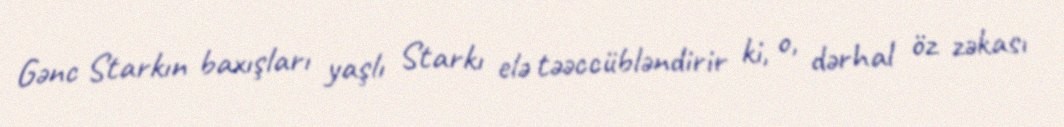
Gənc Starkın baxışları yaşlı Starkı elə təəccübləndirir ki, o, dərhal öz zəkası